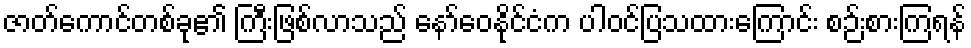
ဇာတ်ကောင်တစ်ခု၏ ကြီးဖြစ်လာသည် နော်ဝေနိုင်ငံက ပါဝင်ပြသထားကြောင်း စဉ်းစားကြရန်